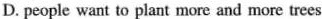
D. people want to plant moe and more trees